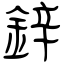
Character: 鋅